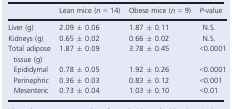
|  | Lean mice (n = 14) | Obese mice (n = 9) | P-value |
 | --- | --- | --- | --- |
 | Liver (g) | 2.09 ± 0.06 | 1.87 ± 0.11 | N.S. |
 | Kidneys (g) | 0.65 ± 0.02 | 0.66 ± 0.02 | N.S. |
 | Total adipose tissue (g) | 1.87 ± 0.09 | 3.78 ± 0.45 | <0.0001 |
 | Epididymal | 0.78 ± 0.05 | 1.92 ± 0.26 | <0.0001 |
 | Perinephric | 0.36 ± 0.03 | 0.83 ± 0.12 | <0.001 |
 | Mesenteric | 0.73 ± 0.04 | 1.03 ± 0.10 | <0.01 |